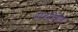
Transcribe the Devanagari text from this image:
द्रागप्रियेण